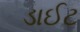
ડાઈટ